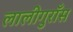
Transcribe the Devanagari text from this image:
लालीगुराँस